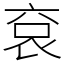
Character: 袞